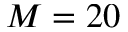
M = 2 0